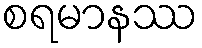
စရမာနဿ